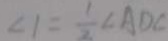
\angle 1 = \frac { 1 } { 2 } \angle A D C